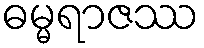
ဓမ္မရာဇဿ